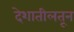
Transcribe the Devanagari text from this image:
देशातीलतून